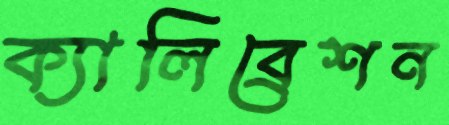
ক্যালিব্রেশন